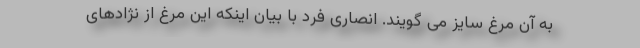
به آن مرغ سایز می گویند. انصاری فرد با بیان اینکه این مرغ از نژادهای